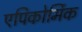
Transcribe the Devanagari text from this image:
एपिकोर्मिक